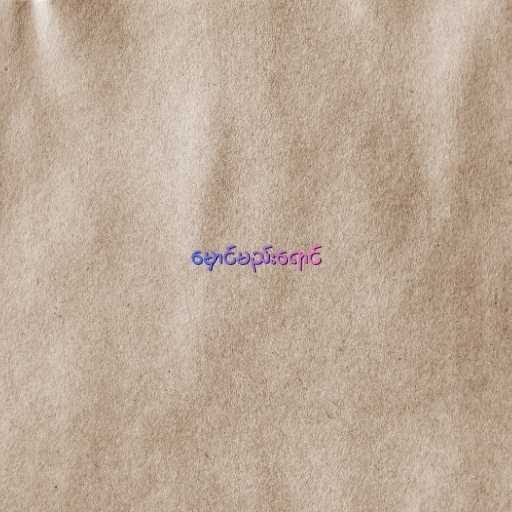
မှောင်မည်းရောင်